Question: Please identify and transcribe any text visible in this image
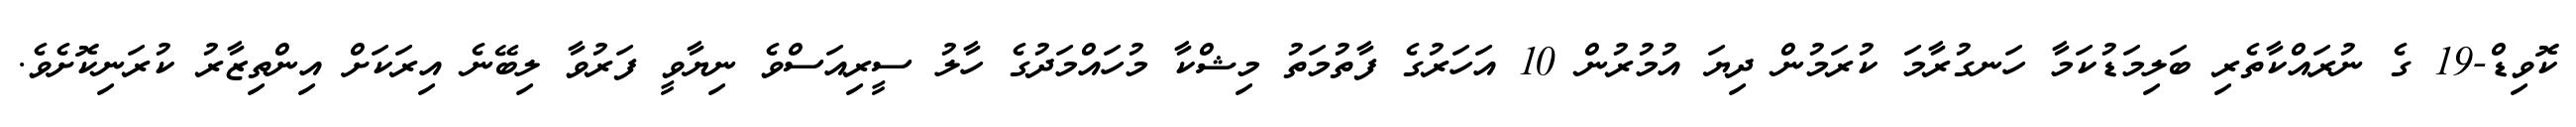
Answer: ކޮވިޑް-19 ގެ ނުރައްކާތެރި ބަލިމަޑުކަމާ ހަނގުރާމަ ކުރަމުން ދިޔަ އުމުރުން 10 އަހަރުގެ ފާތުމަތު މިޝްކާ މުހައްމަދުގެ ހާލު ސީރިއަސްވެ ނިޔާވީ ފަރުވާ ލިބޭނެ އިރަކަށް އިންތިޒާރު ކުރަނިކޮށެވެ.